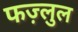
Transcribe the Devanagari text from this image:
फज़्लुल